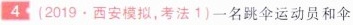
4(2019.西安模拟，考法1)一名跳伞运动员和伞